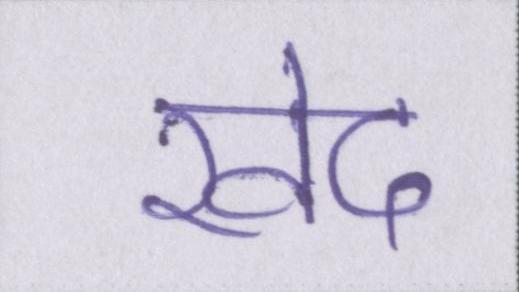
खेद